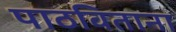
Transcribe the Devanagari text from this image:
पाठविताना